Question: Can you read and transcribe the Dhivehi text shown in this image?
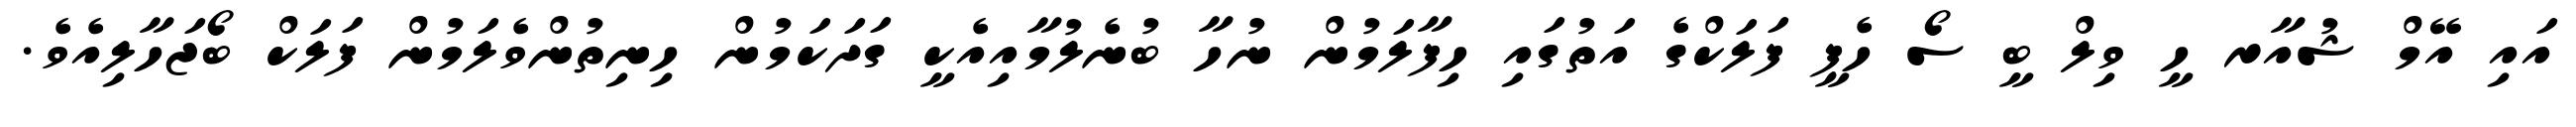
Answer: އައި އޭމް ޝުއާރ ހީ ވިލް ބީ ސޯ ހެޕީ ފަލަކްގެ އަތުގައި ހިފާލަމުން ނުހާ ބުނެލުމާއިއެކީ ގަދަކަމުން ހިނިތުންވެލަމުން ފަލަކް ބޯޖަހާލިއެވެ.